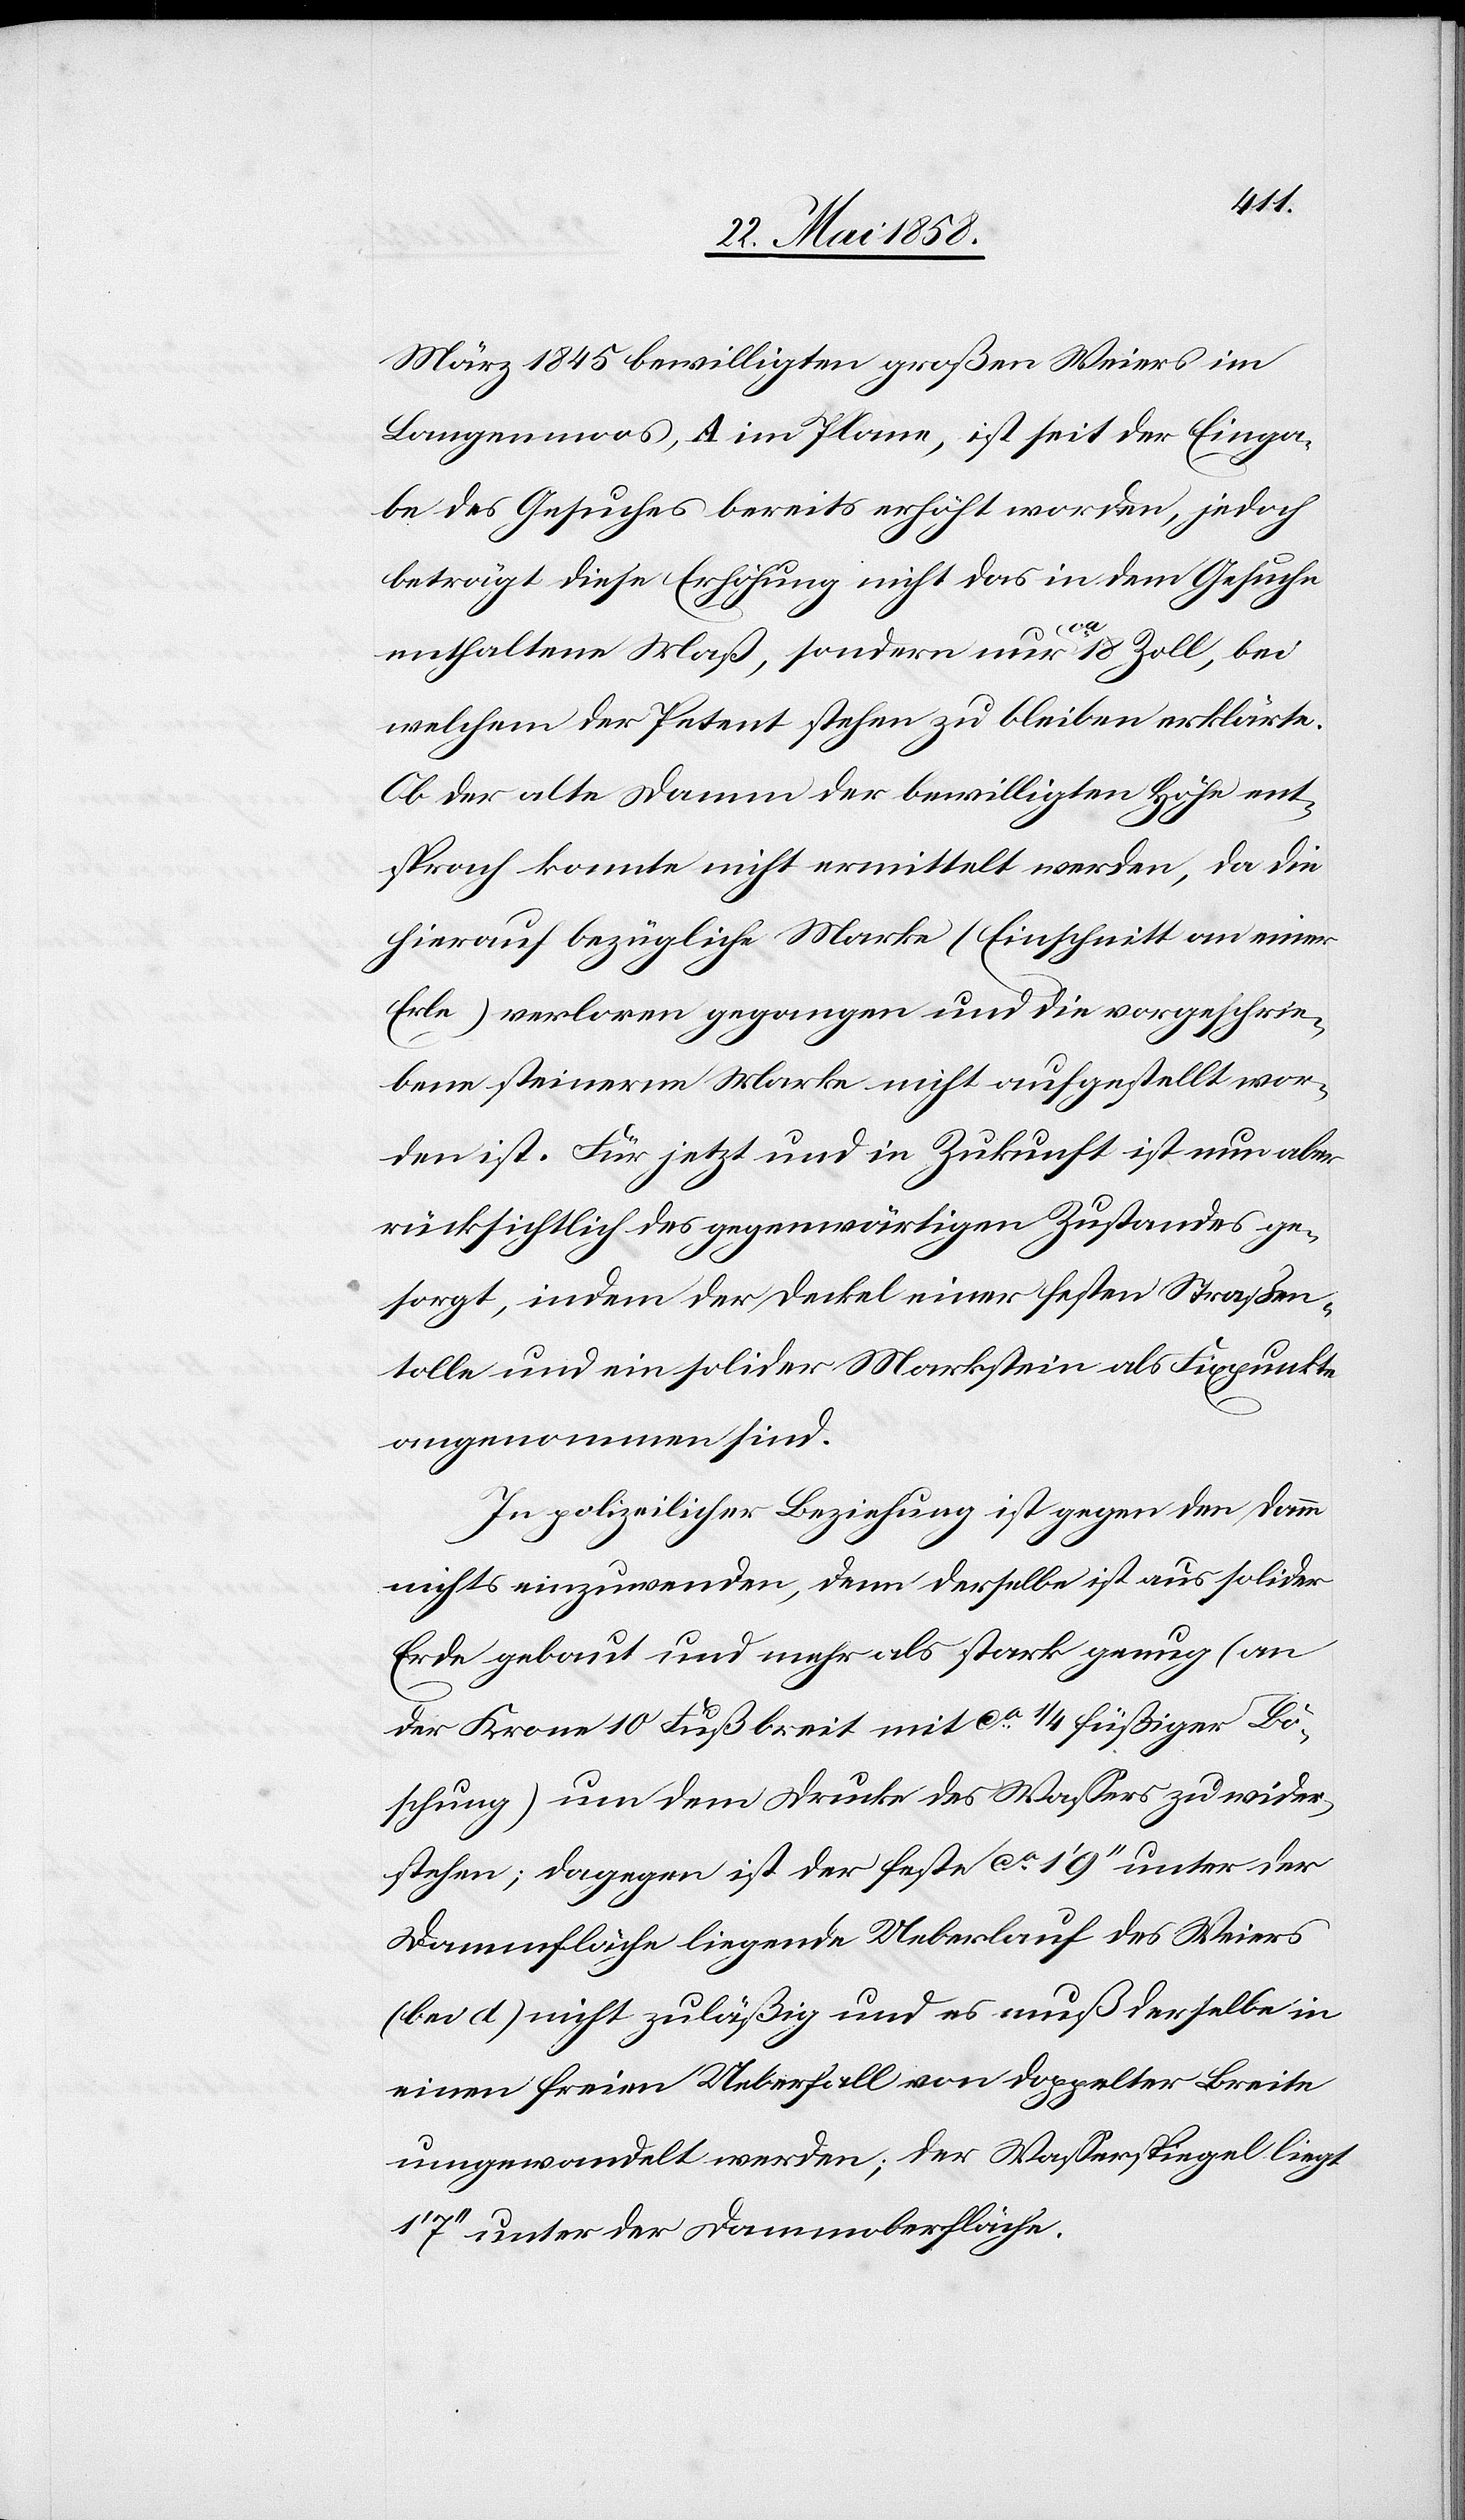
März 1845 bewilligten großen Weiers im
Langenmoos, A im Plane, ist seit der Einga¬
be des Gesuches bereits erhöht worden, jedoch
beträgt diese Erhöhung nicht das in dem Gesuche
enthaltene Maß, sondern nur ca 18 Zoll, bei
welchem der Petent stehen zu bleiben erklärte.
Ob der alte Damm der bewilligten Höhe ent¬
sprach konnte nicht ermittelt werden, da die
hierauf bezügliche Marke (Einschnitt an einer
Erle) verloren gegangen und die vorgeschrie¬
bene steinerne Marke nicht aufgestellt wor¬
den ist. Für jetzt und in Zukunft ist nun aber
rücksichtlich des gegenwärtigen Zustandes ge¬
sorgt, indem der Deckel einer festen Straßen¬
tolle und ein solider Markstein als Fixpunkte
angenommen sind.
In polizeilicher Beziehung ist gegen den Damm
nichts einzuwenden, denn derselbe ist aus solider
Erde gebaut und mehr als stark genug (an
der Krone 10 Fuß breit mit ca 1/4 füßiger Bö¬
schung) um dem Drucke des Wassers zu wider¬
stehen; dagegen ist der fest ca 1’ 9’’ unter der
Dammfläche liegende Ueberlauf des Weiers
(bei d) nicht zuläßig und es muß derselbe in
einen freien Ueberfall von doppelter Breite
umgewandelt werden; der Wasserspiegel liegt
1’ 7’’ unter der Dammoberfläche.